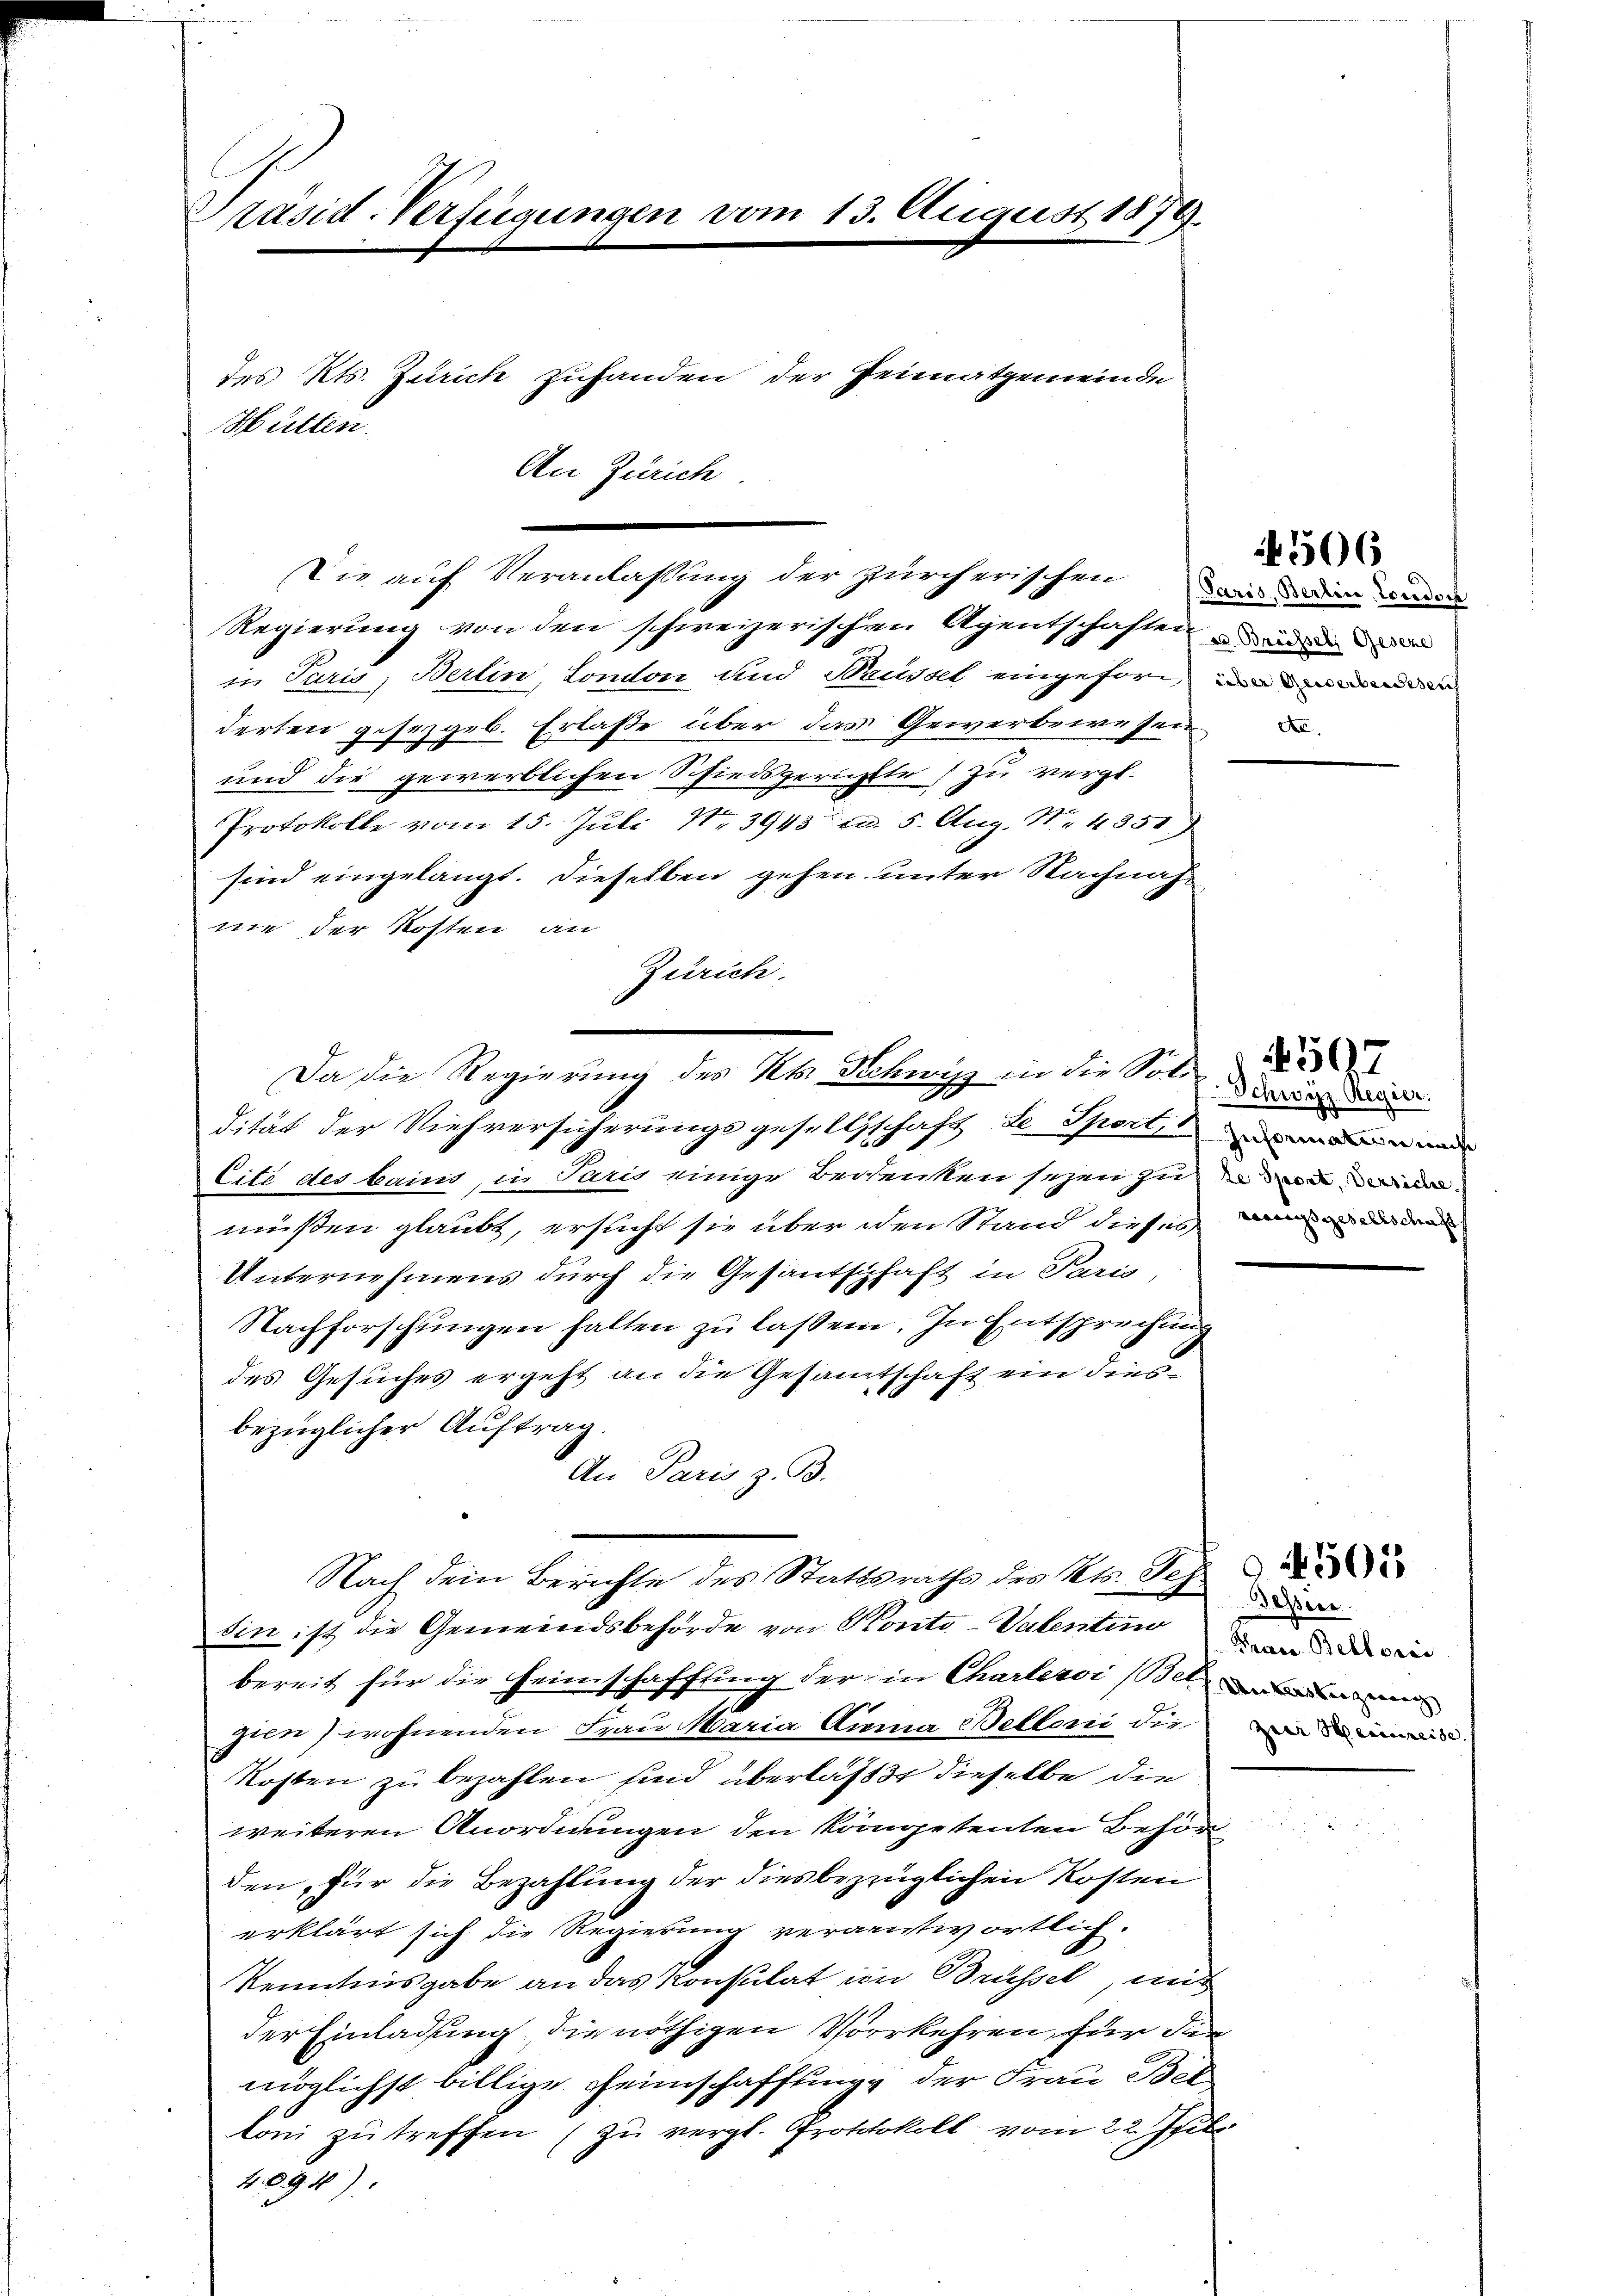
Präsid-Verfügungen vom 13. August 1879.
des Kts. Zürich zuhanden der Heimatgemeinde
H litten.
An Zürich

Regierung von den schweizerischen Agentschaften und
in Paris, Berlin, London und Sausset eingehört, un
derten gesetzgeb. Erlaße über das Gewerbewesen
und die gewerblichen Schiedsgerichtte) zu vergl.
Protokolle vom 15. Juli No 3943 ca. 5. Aug. 11. 4351
sind eingelangt. Dieselben gehen, unter Nachnah
nie der Kosten an
Zürich.
dität der Viehversicherungsgesellschaft de Sport
Cite des bains, in Paris einige Bedenken sezen zu
müßen glaubt, ersucht sie über den Stain dieses de
Unternehmens durch die Gesantschaft in Paris,
Nachforschŭngen halten zŭ lassen. In Entsprechung
des Gesuches ergeht an die Gesamtschaft ein diesbezüglicher Auftrag.
An Paris, z. B.
Nach dem Berichte des Stattsraths des Kts. S.
sin ist die Gemeindsbehörde von Konto-Valentin
bereit für die Heimschaffung der in Charteroi Belanden
zien) wohnenden Frau Maria Kiena Belloni die
Kosten zu bezahlen sind überlasst dieselbe die
weiteren Anordnungen den kompetenten Behör
den, für die Bezahlung der diesbezüglichen Kosten
erklärt sich die Regierung verantwortlich.
Kenntnisgabe an das Konsulat im Brüssel, und
der Einladung, die nöthigen Vorkehren, für die
möglichst billige Heimschaffung der Frau Bet
loni zu treffen (zu vergl. Protokoll vom 22. Justi
4094)

Sie auf Veranlassung der zürcherischen und den werde

Da die Regierung des Kts. Schwyz in die Sold

4506

Schwyzz-Regier.

Trace Bestori
zur Heinreise.

9505